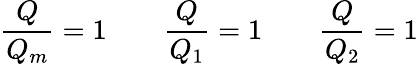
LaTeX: \frac{Q}{Q_{m}}=1\qquad\frac{Q}{Q_{1}}=1\qquad\frac{Q}{Q_{2}}=1